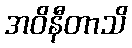
အဝိနီတာသိ